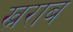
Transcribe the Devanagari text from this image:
ख्नराब